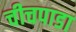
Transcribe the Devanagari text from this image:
चीचपाडा